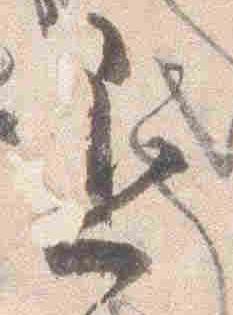
退